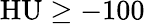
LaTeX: \mathrm{HU}\geq-100